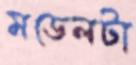
মডেলটা